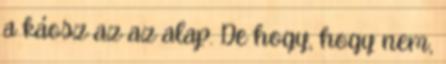
a káosz az az alap. De hogy, hogy nem,